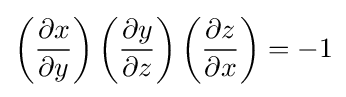
\left({\frac {\partial x}{\partial y}}\right)\left({\frac {\partial y}{\partial z}}\right)\left({\frac {\partial z}{\partial x}}\right)=-1